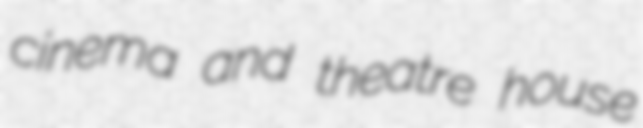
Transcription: cinema and theatre house